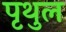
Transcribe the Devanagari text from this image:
पृथुल